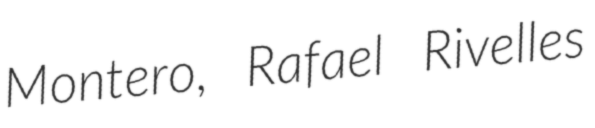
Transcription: Montero, Rafael Rivelles